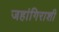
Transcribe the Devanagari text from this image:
जहांगिराशी